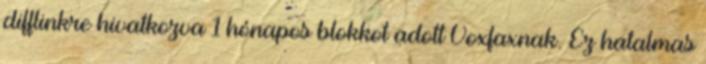
difflinkre hivatkozva 1 hónapos blokkot adott Voxfaxnak. Ez hatalmas